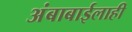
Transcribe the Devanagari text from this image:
अंबाबाईलाही